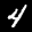
Label: 4